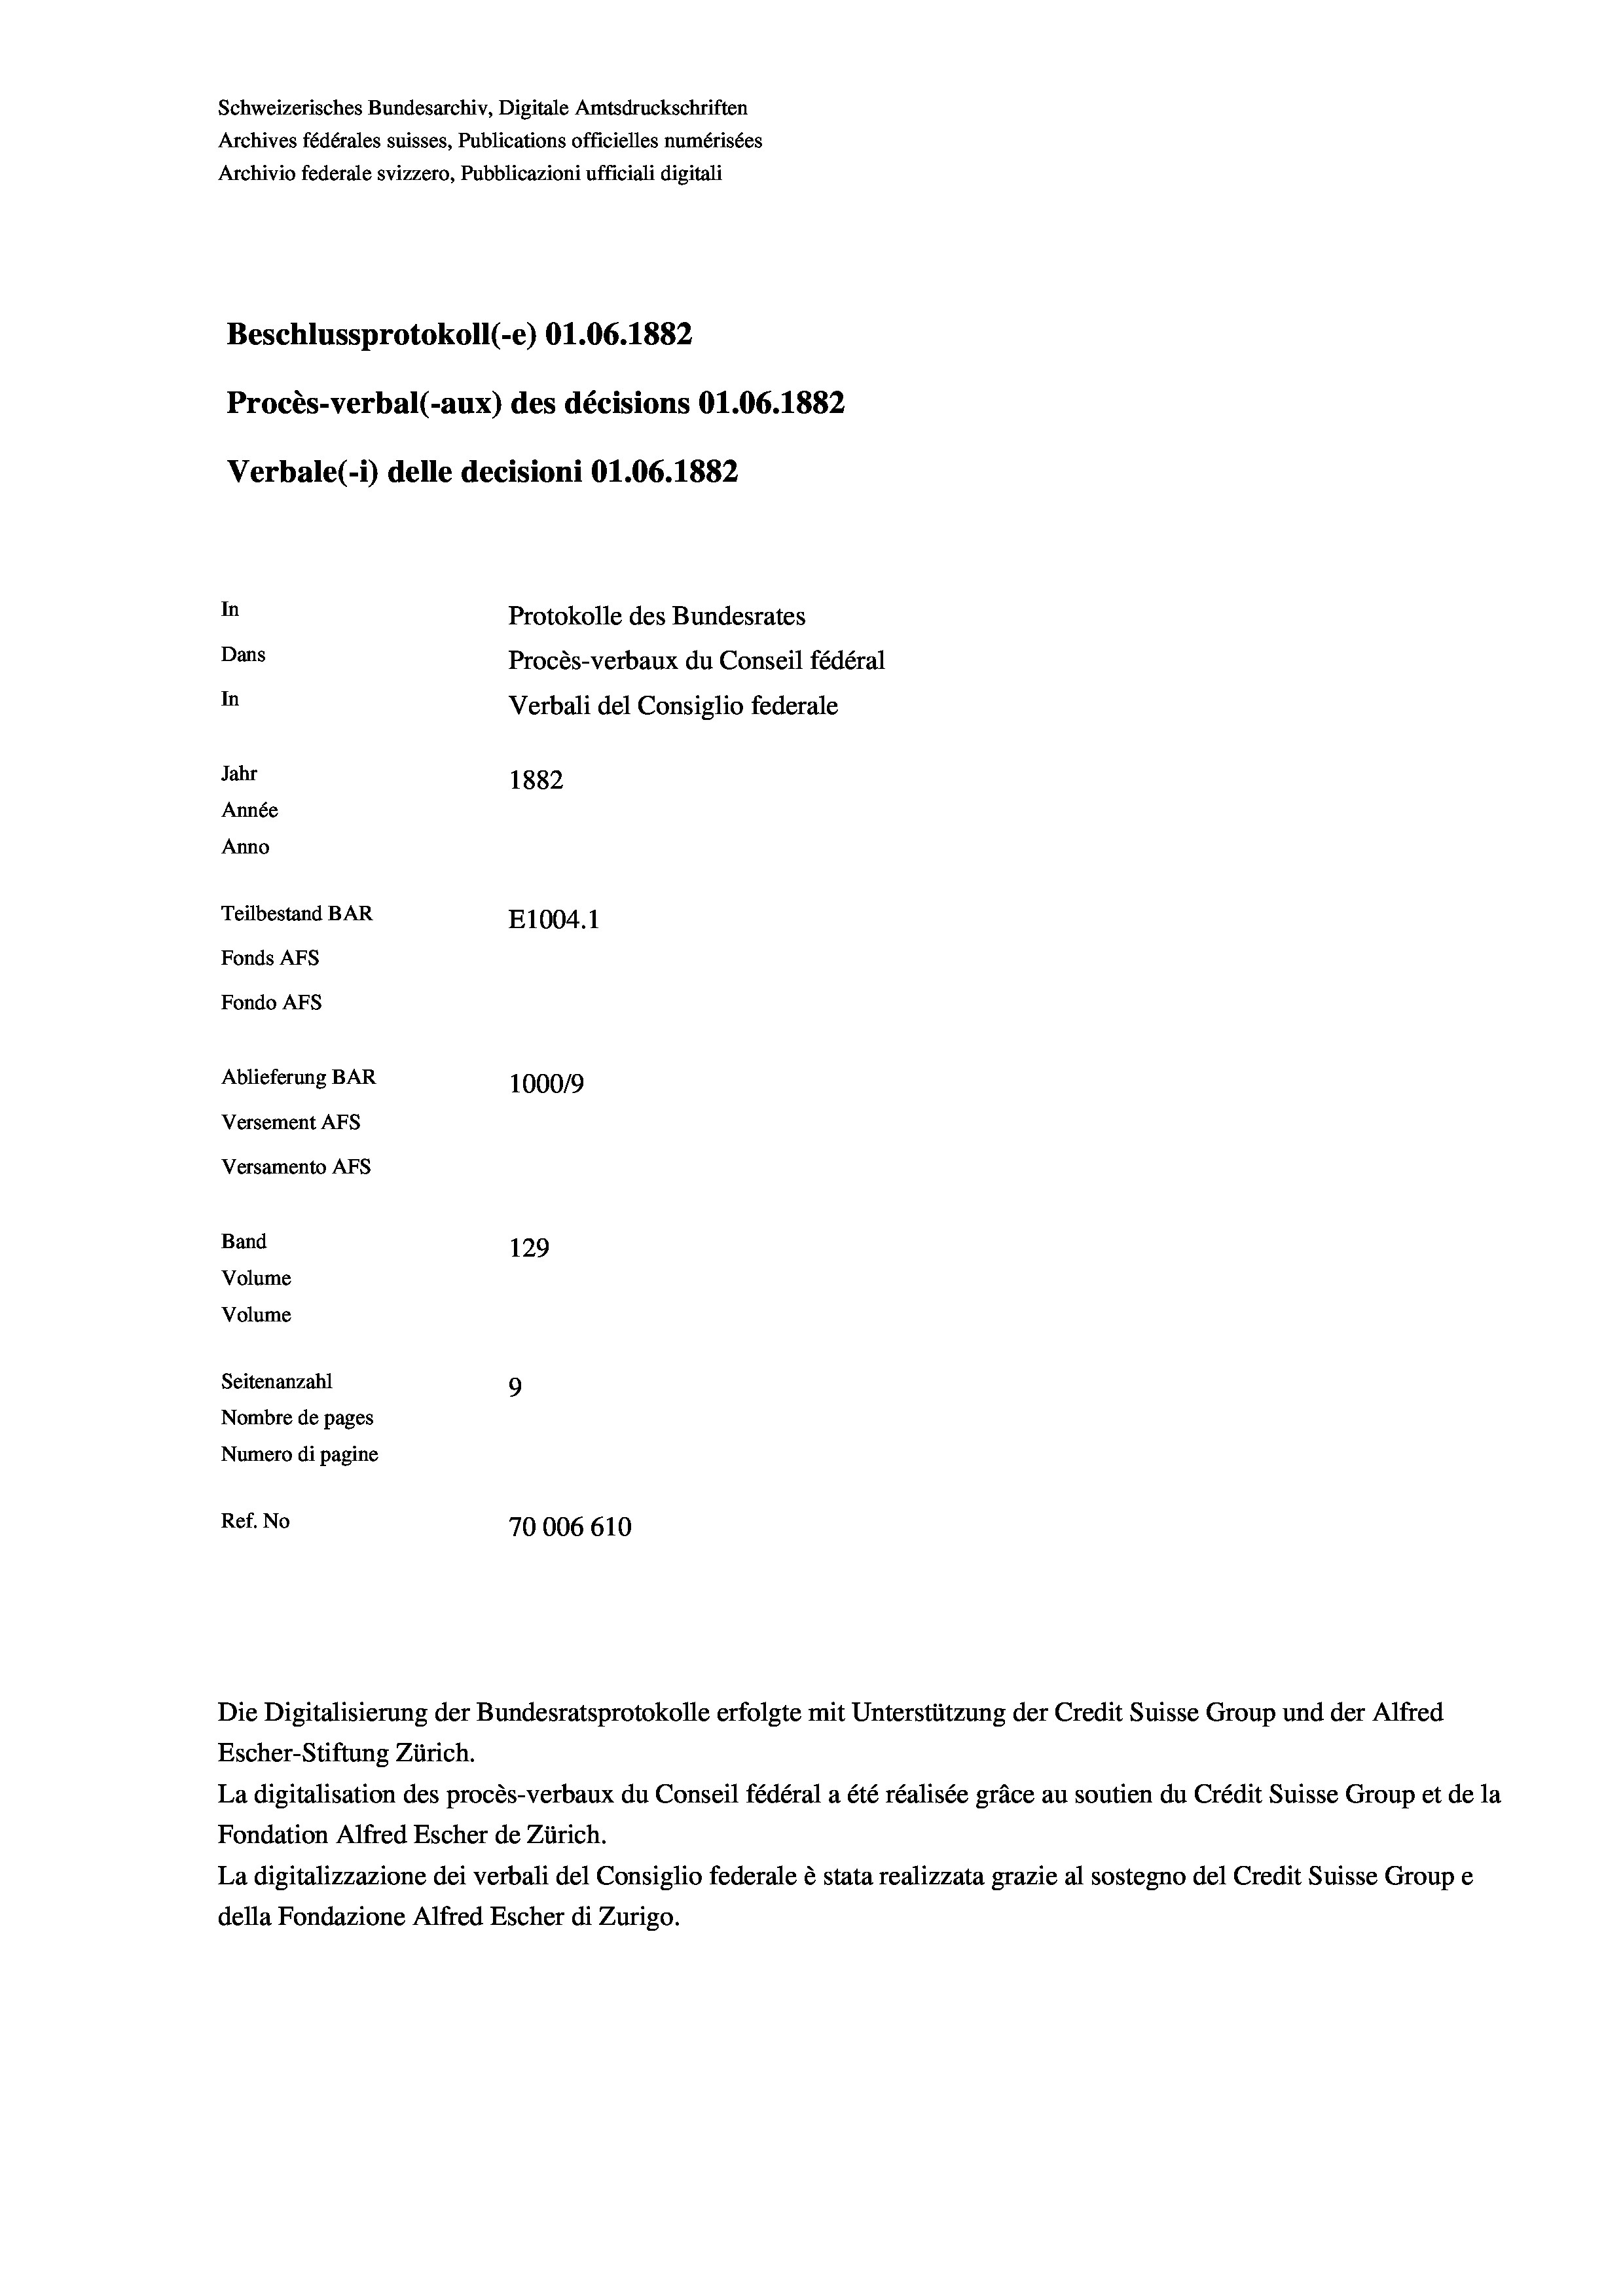
Schweizerisches Bundesarchiv, Digitale Amtsdruckschriften
Archives fédérales suisses, Publications officielles numérisées
Archivio federale svizzero, Pubblicazioni ufficiali digitali
Beschlussprotokoll (-e) O1.06. 1882
Procès-verbal (-aux) des décisions O1.06. 1882
Verbale (1) delle decisioni O1.06. 1882
In
Protokolle des Bundesrates
Dans
Procès-verbaux du Conseil fédéral
In
Verbali del Consiglio federale
Jahr
1882
Année
Anno
Teilbestand BAR
E1004. 1
Fonds AFs
Fondo AFs
Ablieferung BAR
1000/9
Versement AFS
Versamento Afs
Band
129
Volume
Volume
Seitenanzahl
9
Nombre de pages
Numero di pagine
Ref. No
70006610

Escher-Stiftung Zürich.
La digitalisation des procès-verbaux du Conseil fédéral a été réalisée gräce au soutien du Crédit Suisse Group et de la
Fondation Alfred Escher de Zürich.
La digitalizzazione dei verbali del Consiglio federale è stata realizzata grazie al sostegno del Credit Suisse Groupe
della Fondazione Alfred Escher di Zurigo.

Die Digitalisierung der Bundesratsprotokolle erfolgte mit Unterstützung der Credit Suisse Group und der Alfred